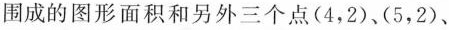
围成的图形面积和另外三个点(4，2)、(5，2)、